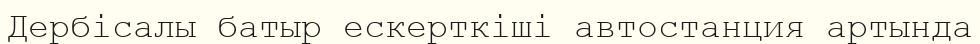
Дербісалы батыр ескерткіші автостанция артында